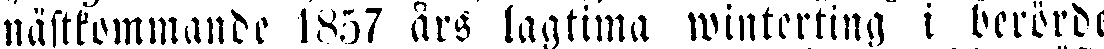
nästkommande 1857 års lagtima winterting i berörde